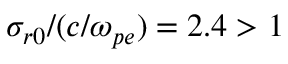
\sigma _ { r 0 } / ( c / \omega _ { p e } ) = 2 . 4 > 1